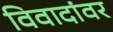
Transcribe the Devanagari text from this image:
विवादांवर